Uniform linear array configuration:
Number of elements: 8
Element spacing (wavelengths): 1
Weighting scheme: kaiser
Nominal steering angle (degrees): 0
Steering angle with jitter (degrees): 1.156
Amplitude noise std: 0.05
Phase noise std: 0.05

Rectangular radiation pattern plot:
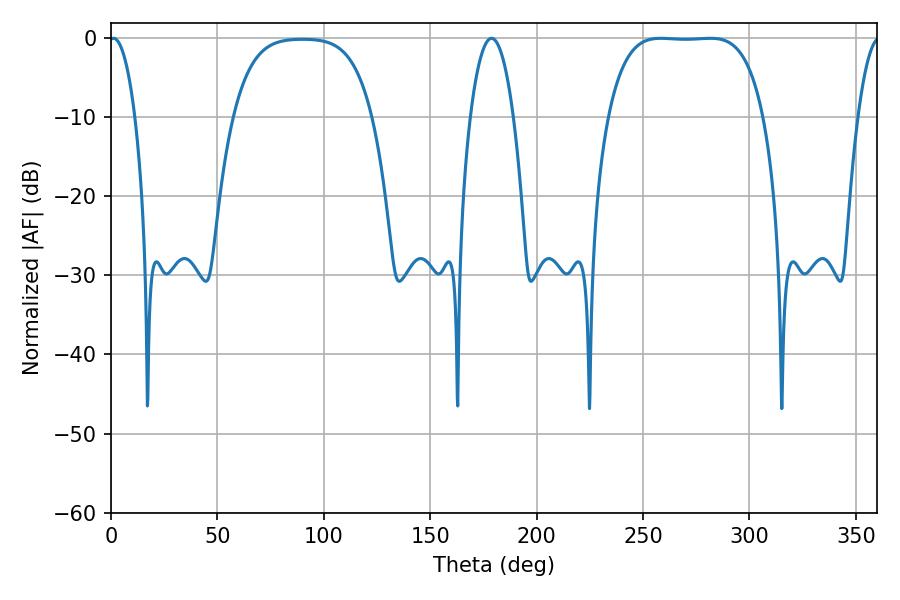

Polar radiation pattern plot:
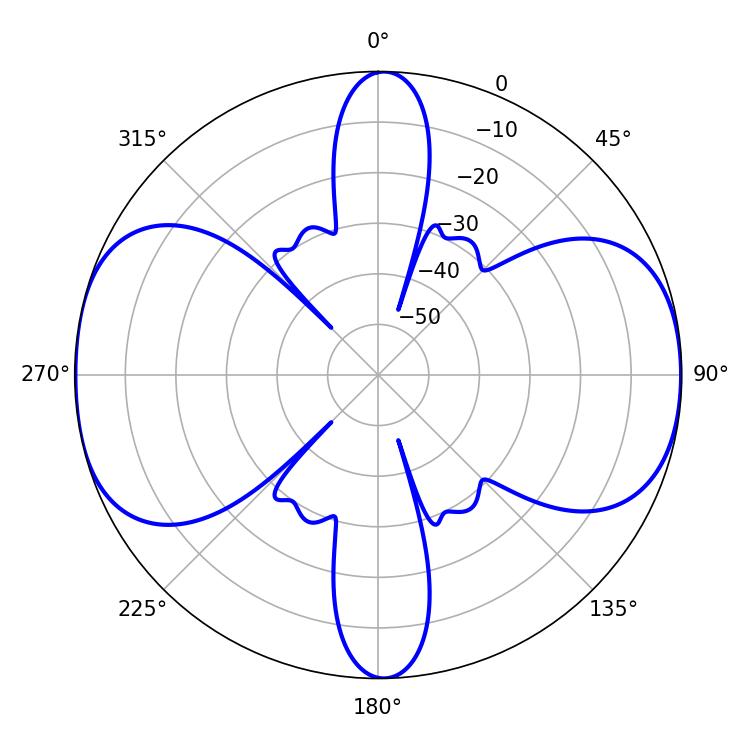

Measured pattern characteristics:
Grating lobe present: TRUE
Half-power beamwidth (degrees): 56.52
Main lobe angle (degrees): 258.3